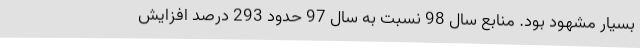
بسیار مشهود بود. منابع سال 98 نسبت به سال 97 حدود 293 درصد افزایش